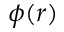
\phi ( r )